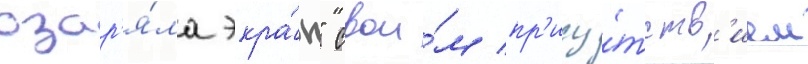
озар'я́ла экра́н" свои́м пр'ису́тств'ием